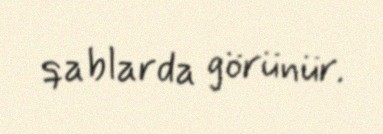
qablarda görünür.